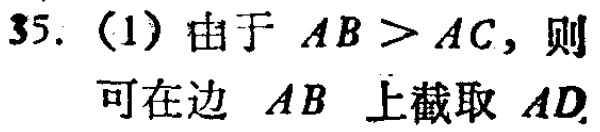
35. (1) 由于 \(AB > AC\)，则

可在边 \(AB\) 上截取 \(AD\)